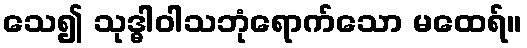
သေ၍ သုဒ္ဓါဝါသဘုံရောက်သော မထေရ်။